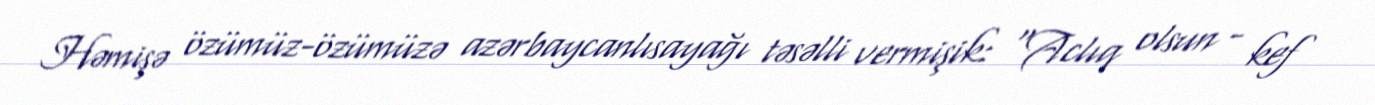
Həmişə özümüz-özümüzə azərbaycanlısayağı təsəlli vermişik: “Aclıq olsun - kef